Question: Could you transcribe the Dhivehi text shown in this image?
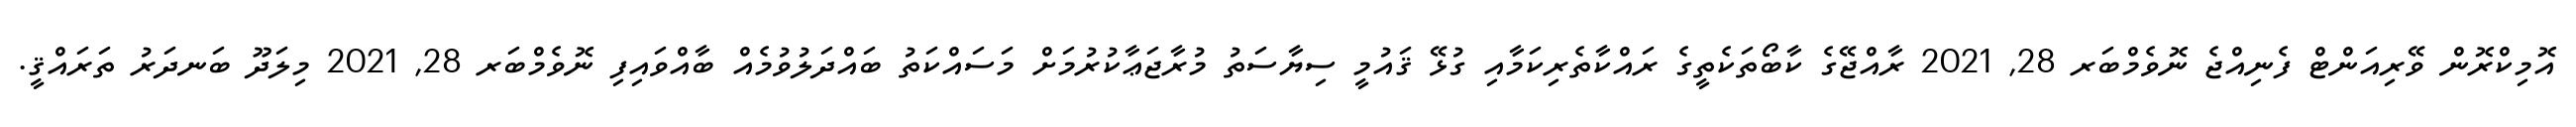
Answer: އޮމިކްރޮން ވޭރިއަންޓް ފެނިއްޖެ ނޮވެމްބަރ 28, 2021 ރާއްޖޭގެ ކާބޯތަކެތީގެ ރައްކާތެރިކަމާއި ގުޅޭ ޤައުމީ ސިޔާސަތު މުރާޖަޢާކުރުމަށް މަސައްކަތު ބައްދަލުވުމެއް ބާއްވައިފި ނޮވެމްބަރ 28, 2021 މިލަދޫ ބަނދަރު ތަރައްޤީ.